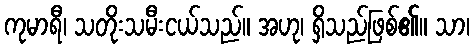
ကုမာရီ၊ သတိုးသမီးငယ်သည်။ အဟု၊ ရှိသည်ဖြစ်၏။ သာ၊